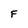
Character: F